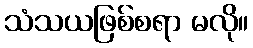
သံသယဖြစ်စရာ မလို။